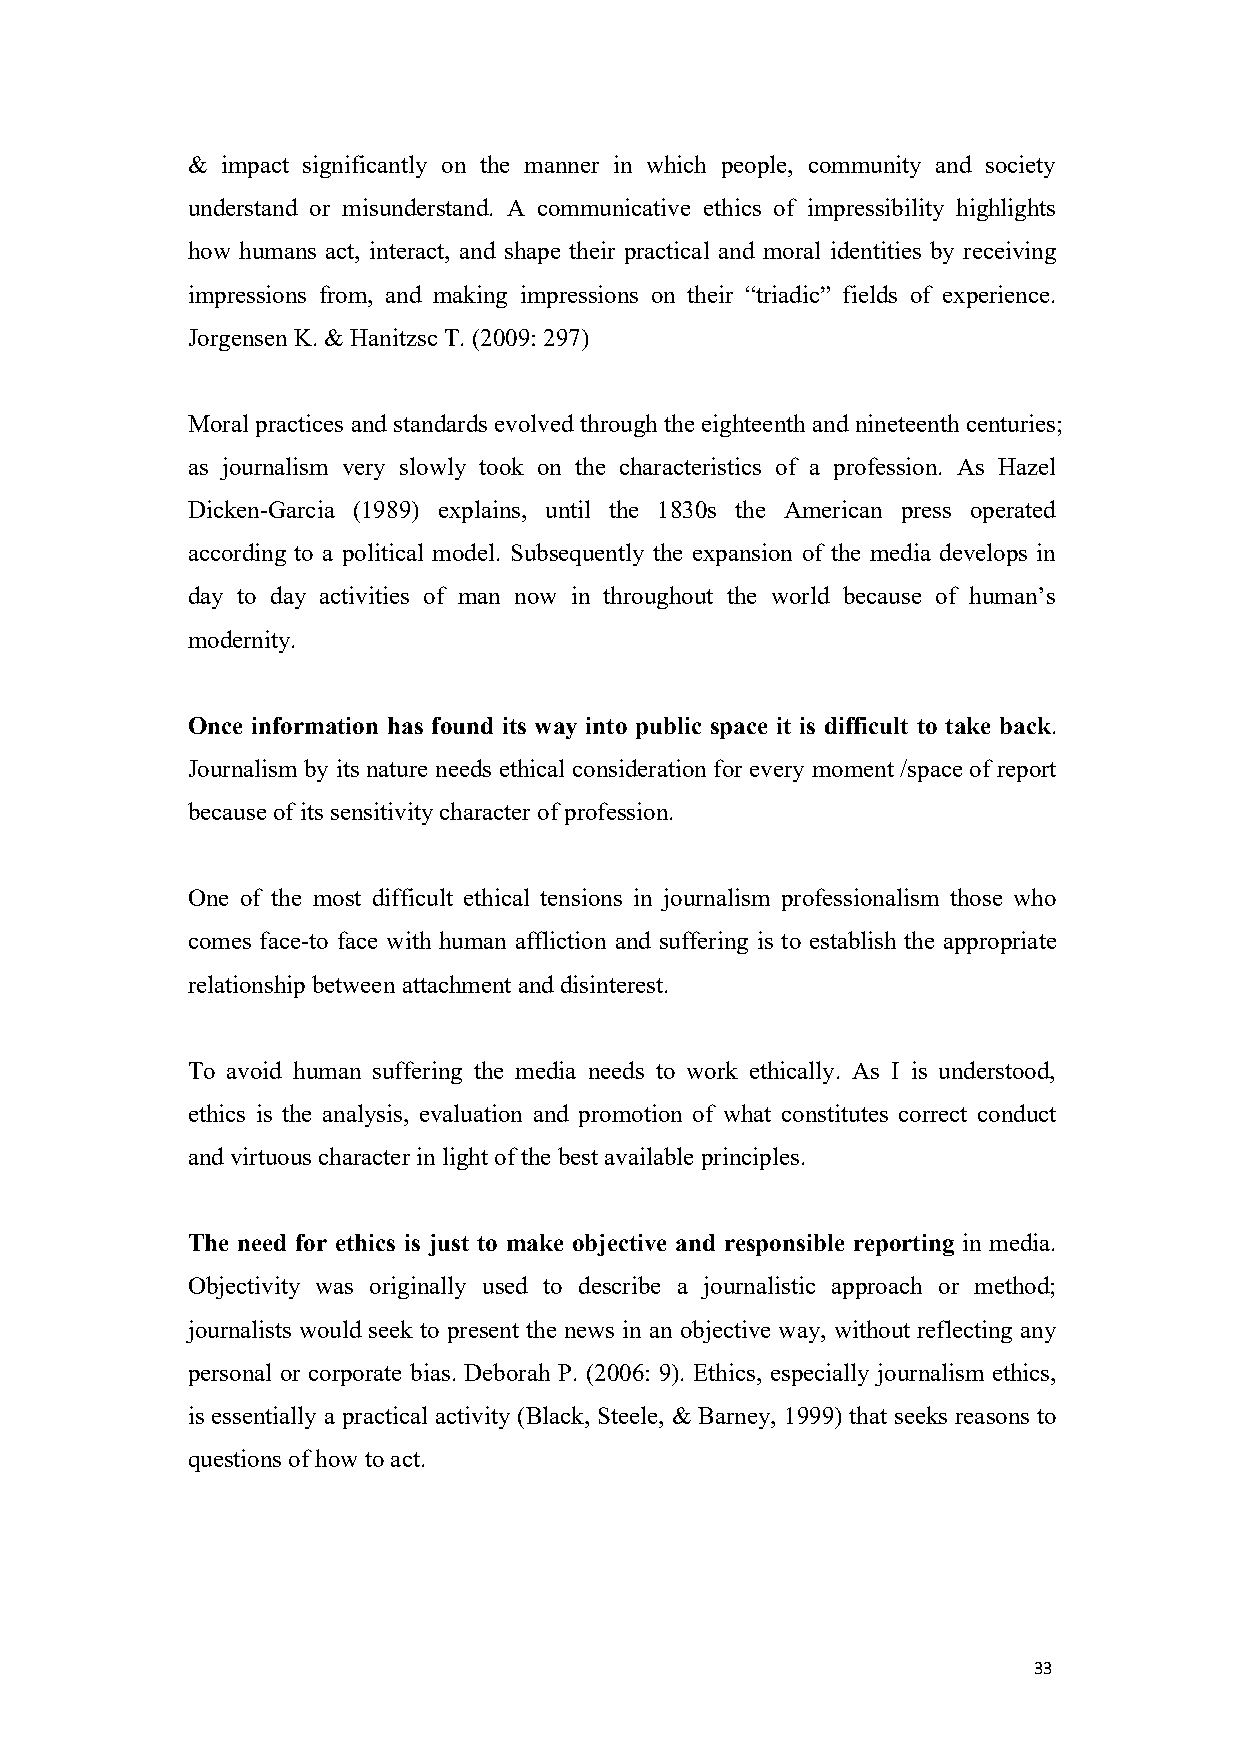
&  impact significantly on the manner in which people, community and society
 understand or misunderstand. A communicative ethics of impressibility highlights
 how humans act, interact, and shape their practical and moral identities by receiving
 impressions from, and making impressions on their “triadic” fields of experience.
 Jorgensen K. & HanitzscT. (2009: 297)
 Moral practices and standards evolved through the eighteenth and nineteenth centuries;
 as journalism very slowly took on the characteristics of a profession. As Hazel
 Dicken-Garcia (1989) explains, until the 1830s the American press operated
 according to a political model. Subsequently the expansion of the media develops in
 day to day activities of man now in throughout the world because of human’s
 modernity.
 Once information has found its way into public space it is difficult to take back.
 Journalism by its nature needs ethical consideration for every moment /space of report
 becauseof itssensitivitycharacter ofprofession.
 One of the most difficult ethical tensions in journalism professionalism those who
 comes face-to face with human affliction and suffering is to establish the appropriate
 relationship between attachment anddisinterest.
 To avoid human suffering the media needs to work ethically. As I is understood,
 ethics is the analysis, evaluation and promotion of what constitutes correct conduct
 and virtuous characterin light ofthe best available principles.
 The need for ethics is just to make objective and responsible reporting in media.
 Objectivity was originally used to describe a journalistic approach or method;
 journalists would seek to present the news in an objective way, without reflecting any
 personal or corporate bias. Deborah P. (2006: 9). Ethics, especially journalism ethics,
 is essentially a practical activity (Black, Steele, & Barney, 1999) that seeks reasons to
 questionsof howto act.
 33